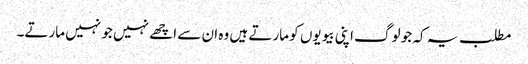
مطلب یہ کہ جو لوگ اپنی بیویوں کو مارتے ہیں وہ ان سے اچھے نہیں جو نہیں مارتے۔